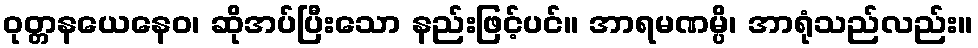
ဝုတ္တနယေနေဝ၊ ဆိုအပ်ပြီးသော နည်းဖြင့်ပင်။ အာရမဏမ္ပိ၊ အာရုံသည်လည်း။